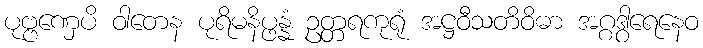
ပုဗ္ဗဏှေပိ ဝါတေန ပုရိမနိပ္ဖန္နံ ဥတ္တရကုရုံ အဋ္ဌဝီသတိဝိဓာ အဂ္ဂဒွါရေနေဝ